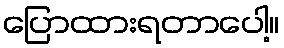
ပြောထားရတာပေါ့။